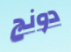
دونج